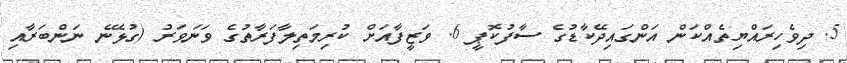
5. ދިވެހިރައްޔިތެއްކަން އަންގައިދޭކާޑުގެ ސާފުކޮޕީ 6. ވަޒީފާއަށް ކުރިމަތިލާފަރާތުގެ ވަނަވަރު (ގުޅޭނެ ނަންބަރާއި